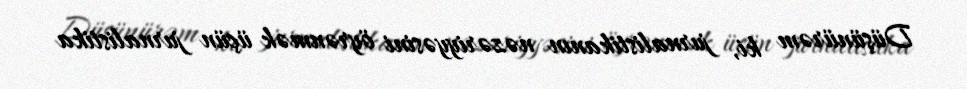
Düşünürəm ki, jurnalistikanın nəzəriyyəsini öyrənmək üçün jurnalistika